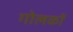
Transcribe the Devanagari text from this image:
गोलकों